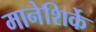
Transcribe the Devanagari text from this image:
मानेशिर्के